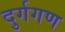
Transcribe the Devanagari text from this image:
दुर्गगण